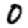
Digit: 0